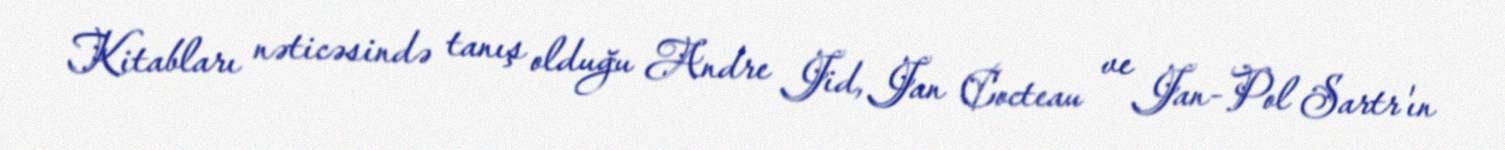
Kitabları nəticəsində tanış olduğu Andre Jid, Jan Cocteau ve Jan-Pol Sartr'ın